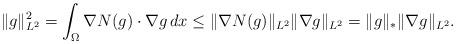
LaTeX: \begin{align*} \|g\|_{L^{2}}^{2} = \int_{\Omega} \nabla N(g) \cdot \nabla g \, dx \leq \|\nabla N(g)\|_{L^{2}} \|\nabla g\|_{L^{2}} & = \|g\|_{*} \|\nabla g\|_{L^{2}}.\end{align*}